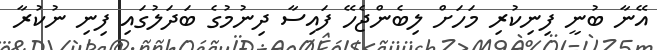
އޭނާ ބުނީ ފިނިކުރި މަހަށް ލިބެންޖެހޭ ފައިސާ ދިނުމުގެ ބަދަލުގައި ފިނި ނުކުރާ